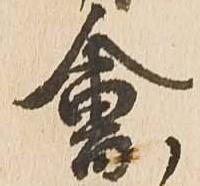
会